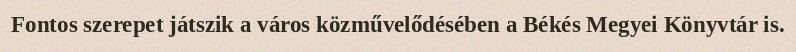
Fontos szerepet játszik a város közművelődésében a Békés Megyei Könyvtár is.